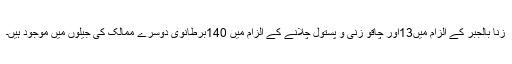
زنا بالجبر کے الزام میں13اور چاقو زنی و پستول چلانے کے الزام میں 140برطانوی دوسرے ممالک کی جیلوں میں موجود ہیں۔